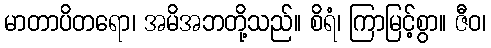
မာတာပိတရော၊ အမိအဘတို့သည်။ စိရံ၊ ကြာမြင့်စွာ။ ဇီဝ၊